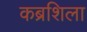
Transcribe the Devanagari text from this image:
कब्रशिला